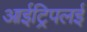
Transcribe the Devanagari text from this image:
आईट्रिपलई